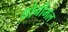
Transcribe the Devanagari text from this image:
धोनीमल